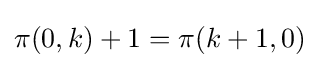
\pi (0,k)+1=\pi (k+1,0)